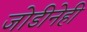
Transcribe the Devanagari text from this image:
जोडीनेही